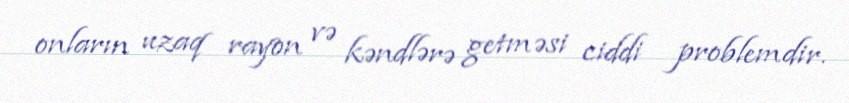
onların uzaq rayon və kəndlərə getməsi ciddi problemdir.